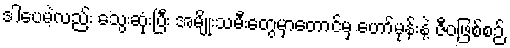
ဒါပေမဲ့လည်း သွေးဆုံးပြီး အမျိုးသမီးတွေမှာတောင်မှ ဟော်မုန်းနဲ့ ဇီဝဖြစ်စဉ်